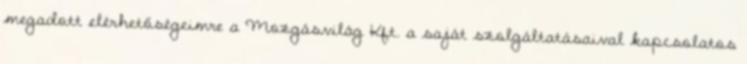
megadott elérhetőségeimre a Mozgásvilág Kft. a saját szolgáltatásaival kapcsolatos